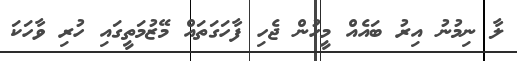
ލާ ނިމުނު އިރު ބައެއް މީހުން ޖެހި ފާހަގަތައް މޭޒުމަތީގައި ހުރި ވާހަކަ